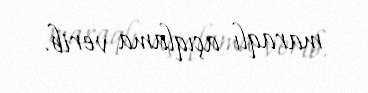
maraqlı açıqlama verib.